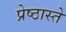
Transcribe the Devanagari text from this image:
प्रेष्ठास्ते